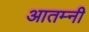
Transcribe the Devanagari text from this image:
आतम्नी